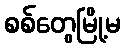
စစ်တွေမြို့မ